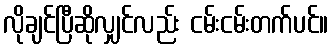
လိုချင်ပြီဆိုလျှင်လည်း ငမ်းငမ်းတက်ပင်။